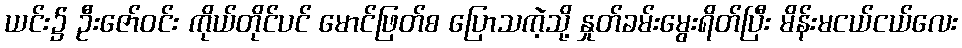
ယင်း၌ ဦးဇော်ဝင်း ကိုယ်တိုင်ပင် မောင်ဖြတ်စ ပြောသကဲ့သို့ နှုတ်ခမ်းမွေးရိတ်ပြီး မိန်းမငယ်ငယ်လေး